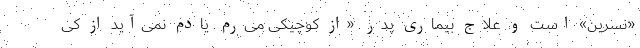
«نسرین» است و علاج بیماری پدر. «از کوچیکی می‌رم. یادم نمی‌آید از کی